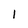
Character: 1